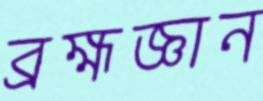
ব্রহ্মজ্ঞান